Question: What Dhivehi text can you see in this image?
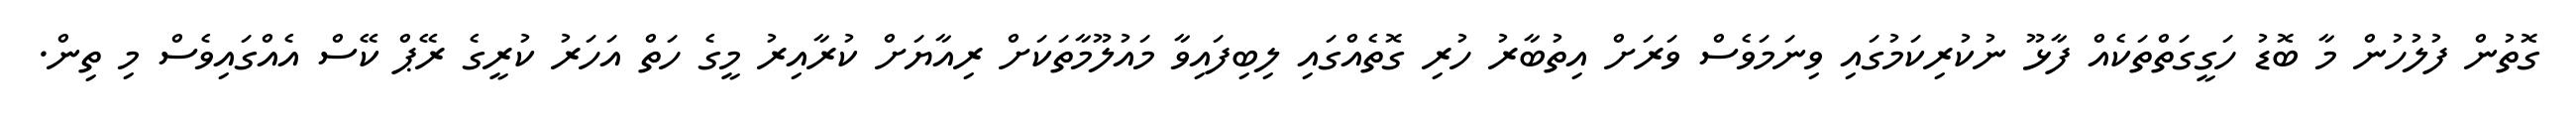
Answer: ގޮތުން ފުލުހުން މާ ބޮޑު ހަގީގަތްތަކެއް ފާޅޫ ނުކުރިކަމުގައި ވިނަމަވެސް ވަރަށް އިތުބާރު ހުރި ގޮތެއްގައި ލިބިފައިވާ މައުލޫމާތަކަށް ރިއާޔަށް ކުރާއިރު މީގެ ހަތް އަހަރު ކުރީގެ ރޭޕް ކޭސް އެއްގައިވެސް މި ތިން.